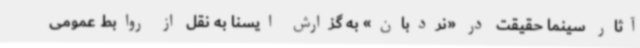
آثار سینما حقیقت در «نردبان» به گزارش ایسنا به نقل از روابط عمومی